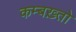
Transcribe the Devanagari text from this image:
कम्बख़्तो